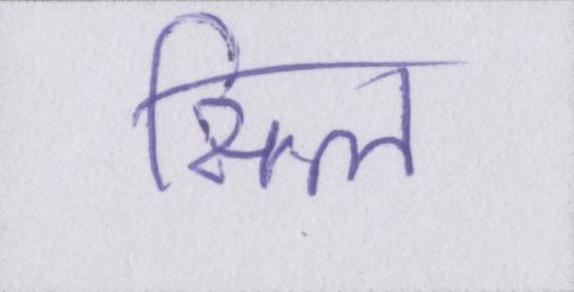
सिल